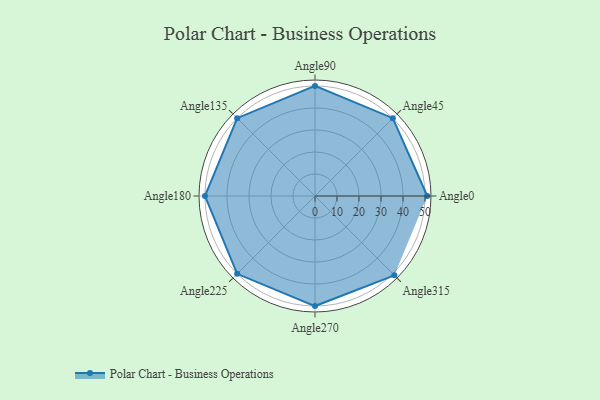
{"axis": {"x": "Angle", "y": "Radius"}, "legend": [""], "data": [{"x": "Angle0", "y": 51.0, "type": ""}, {"x": "Angle45", "y": 50, "type": ""}, {"x": "Angle90", "y": 50, "type": ""}, {"x": "Angle135", "y": 50, "type": ""}, {"x": "Angle180", "y": 50.0, "type": ""}, {"x": "Angle225", "y": 50, "type": ""}, {"x": "Angle270", "y": 50, "type": ""}, {"x": "Angle315", "y": 51.0, "type": ""}]}